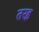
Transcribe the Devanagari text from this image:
तरह़